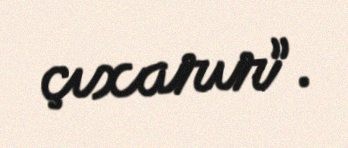
çıxarır”.